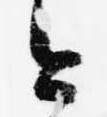
今